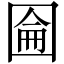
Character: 圇